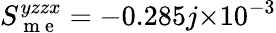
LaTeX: S_{\mathrm{~m~e~}}^{yzzx}=-0.285j{\times}10^{-3}